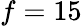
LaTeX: f=15